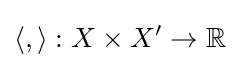
\langle ,\rangle :X\times X'\to \mathbb {R}